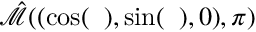
\hat { \mathcal { M } } ( ( \cos ( { \it \Delta \phi } ) , \sin ( { \it \Delta \phi } ) , 0 ) , \pi )